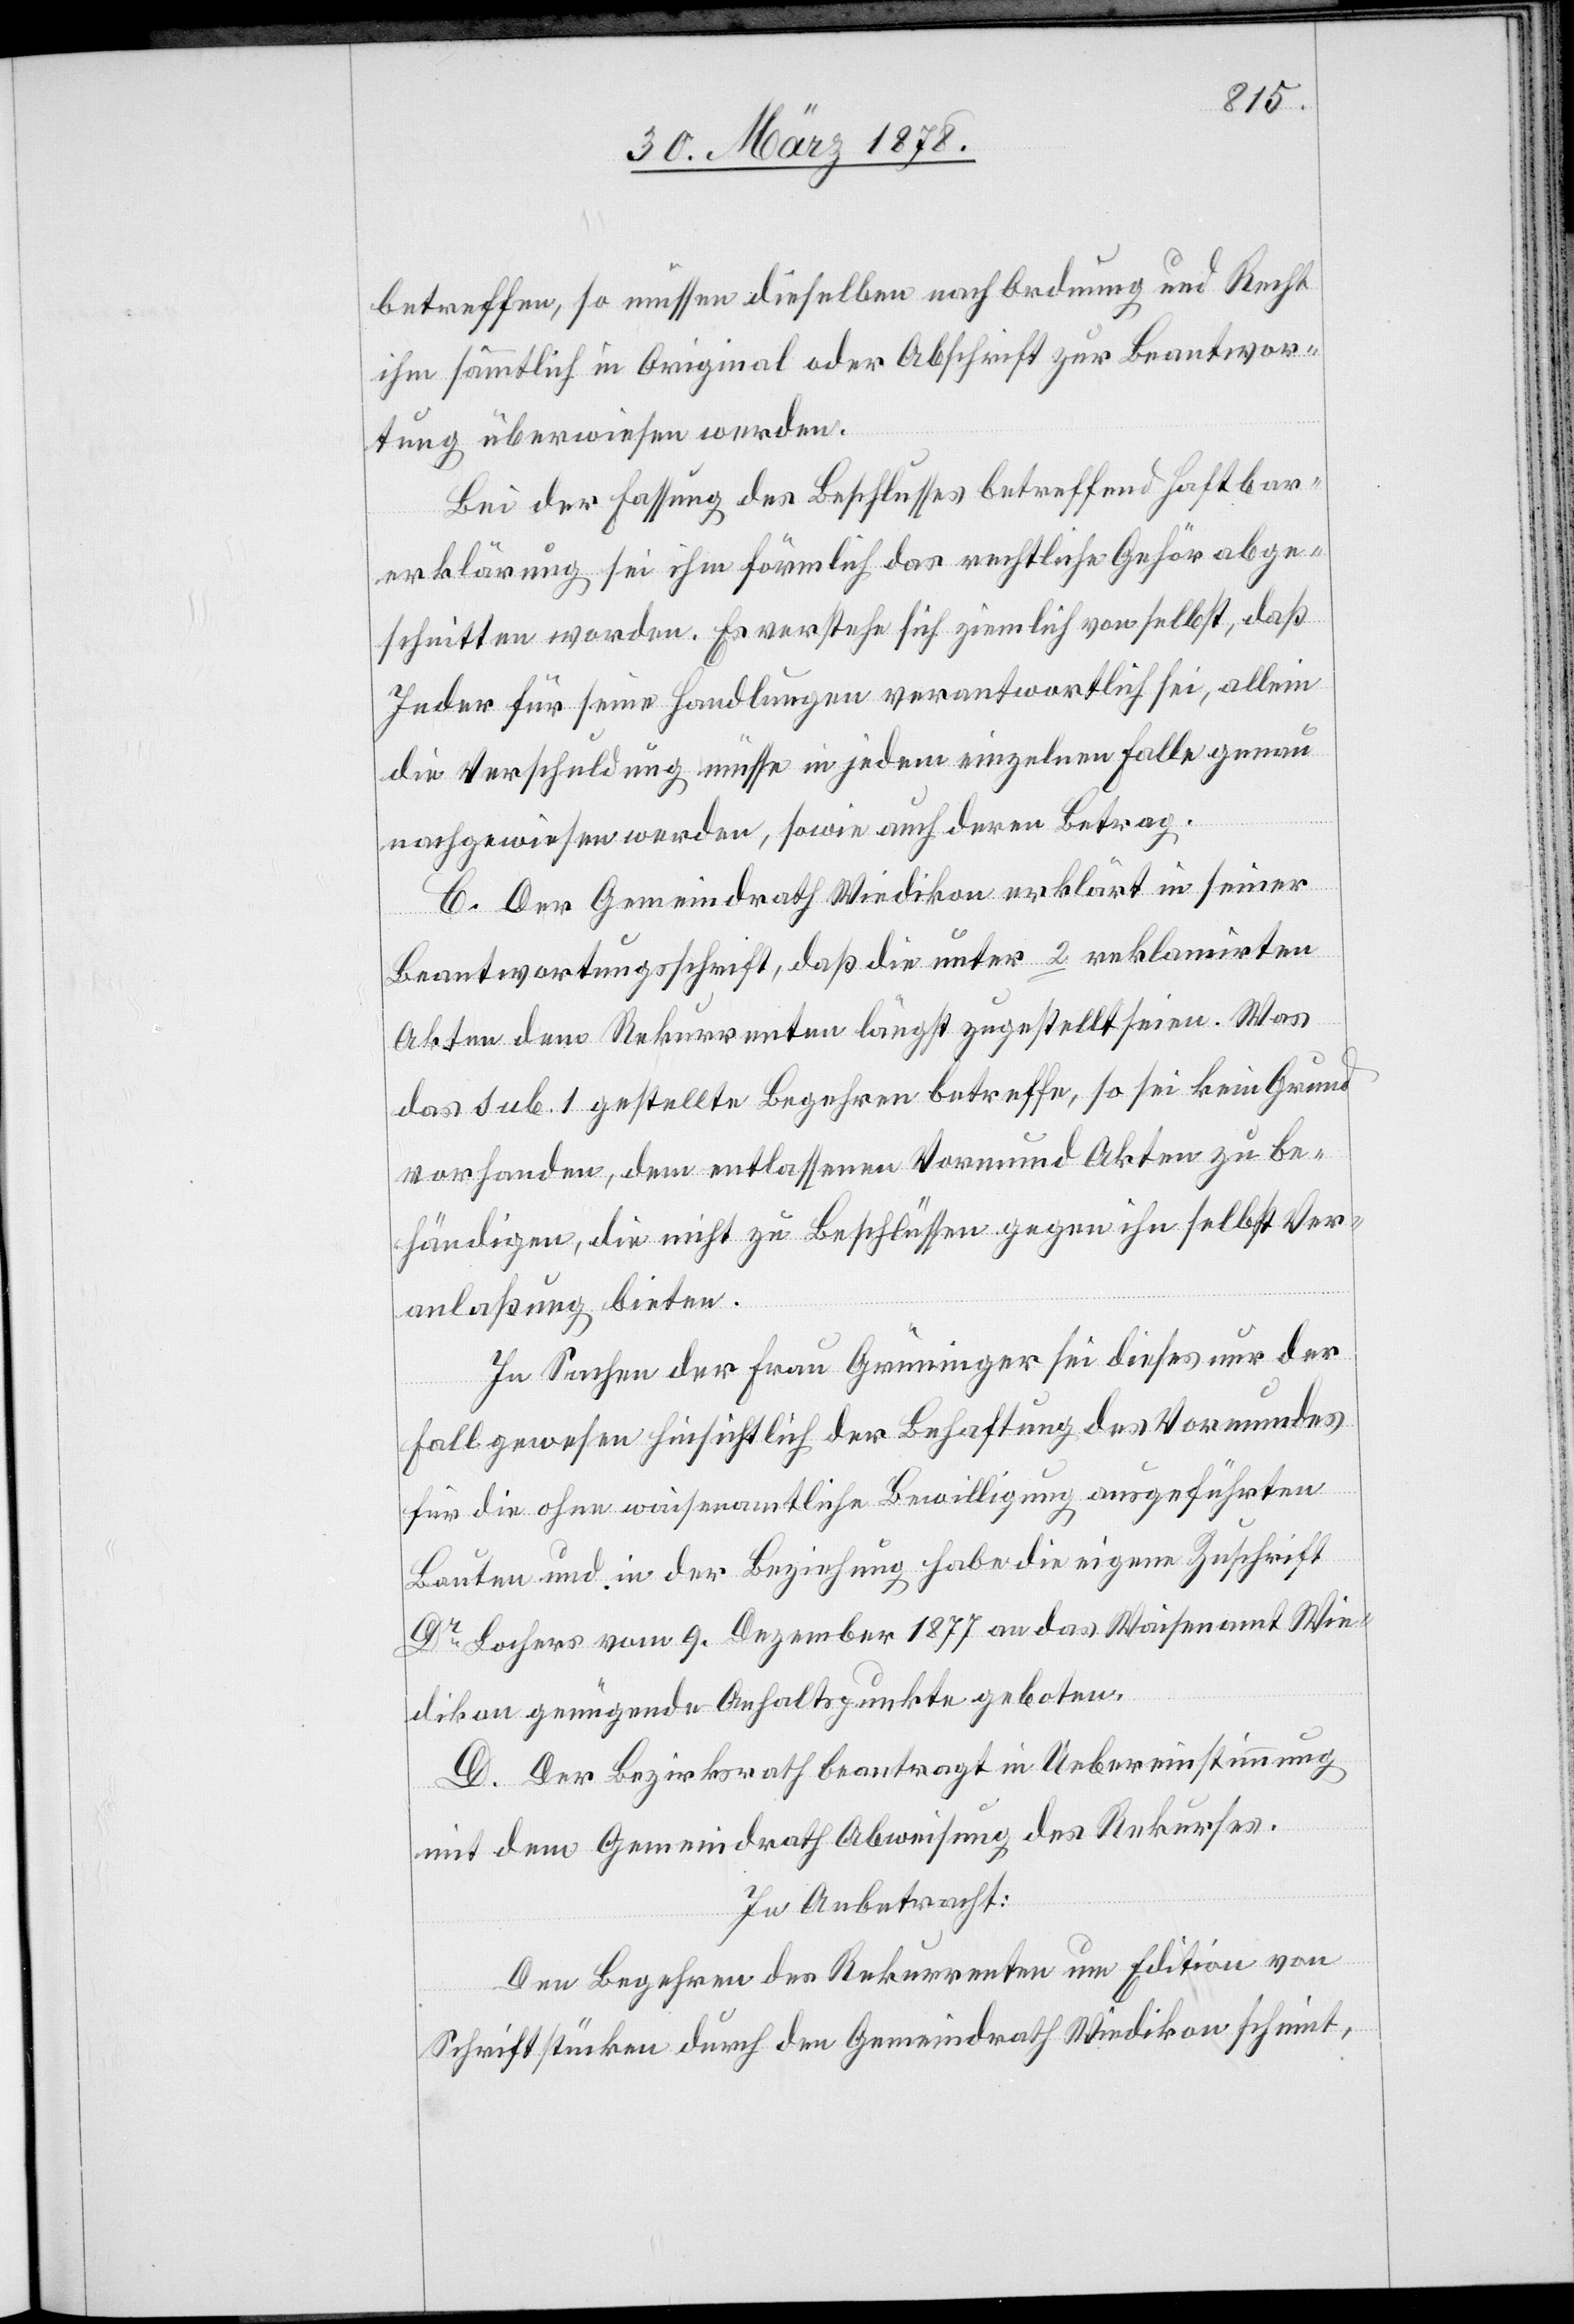
betreffen, so müssen dieselben nach Ordnung und Recht
ihm sämmtlich in Original oder Abschrift zur Beantwor¬
tung überwiesen werden.
Bei der Fassung des Beschlusses betreffend Haftbar¬
erklärung sei ihm förmlich das rechtliche Gehör abge¬
schnitten worden. Es verstehe sich ziemlich von selbst, daß
Jeder für seine Handlungen verantwortlich sei, allein
die Verschuldung müsse in jedem einzelnen Falle genau
nachgewiesen werden, sowie auch deren Betrag.
C. Der Gemeindrath Wiedikon erklärt in seiner
Beantwortungsschrift, daß die unter 2 reklamirten
Akten dem Rekurrenten längst zugestellt seien. Was
das sub. 1 gestellte Begehren betreffe, so sei kein Grund
vorhanden, dem entlassenen Vormund Akten zu be¬
händigen, die nicht zu Beschlüssen gegen ihn selbst Ver¬
anlaßung bieten.
In Sachen der Frau Grüninger sei dieses nur der
Fall gewesen hinsichtlich der Behaftung des Vormundes
für die ohne waisenamtliche Bewilligung ausgeführten
Bauten und in der Beziehung habe die eigene Zuschrift
Dr Locher vom 9. Dezember 1877 an das Waisenamt Wie¬
dikon genügende Anhaltspunkte geboten.
D. Der Bezirksrath beantragt in Uebereinstimmung
mit dem Gemeindrath Abweisung des Rekurses.
In Anbetracht:
Den Begehren des Rekurrenten um Edition von
Schriftstücken durch den Gemeindrath Wiedikon scheint,